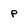
Character: p